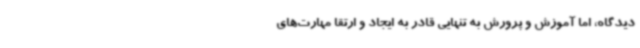
دیدگاه، اما آموزش و پرورش به تنهایی قادر به ایجاد و ارتقا مهارت‌های